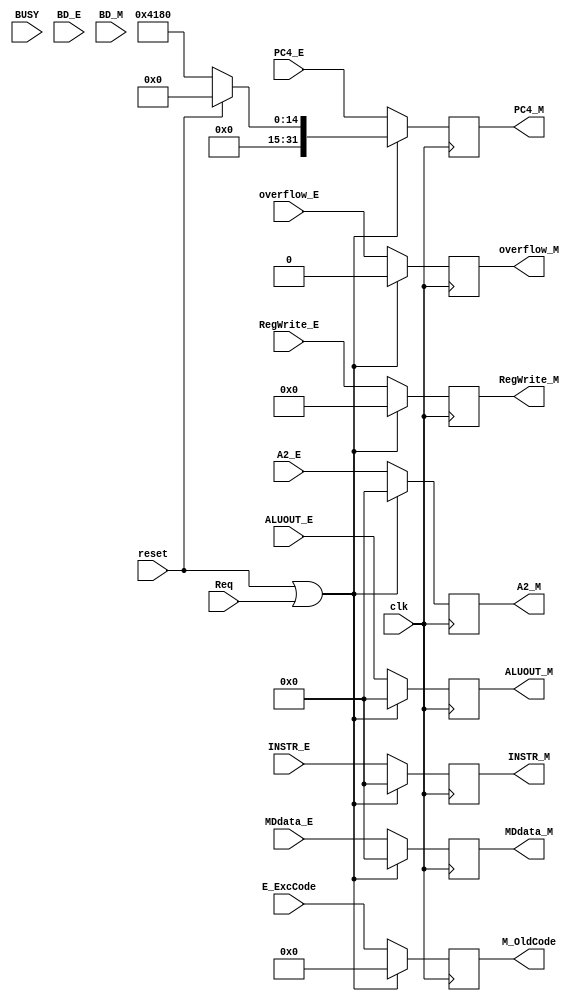
`timescale 1ns / 1ps
//////////////////////////////////////////////////////////////////////////////////
// Company: 
// Engineer: 
// 
// Design Name: 
// Module Name:    M_Aregister 
// Project Name: 
// Target Devices: 
// Tool versions: 
// Description: 
//
// Dependencies: 
//
// Revision: 
// Revision 0.01 - File Created
// Additional Comments: 
//
//////////////////////////////////////////////////////////////////////////////////
module M_Aregister(
	 input clk,
	 input reset,
	 input BUSY,
    input [31:0] INSTR_E,
    input [4:0] RegWrite_E,
    input [31:0] A2_E,
    input [31:0] ALUOUT_E,
    input [31:0] PC4_E,
	 input [31:0] MDdata_E,
    output [31:0] INSTR_M,
    output [4:0] RegWrite_M,
    output [31:0] A2_M,
    output [31:0] ALUOUT_M,
    output [31:0] PC4_M,
	 output [31:0] MDdata_M,
	 input overflow_E,
	 output overflow_M,
	 input [3:0] E_ExcCode,
	 output [3:0] M_OldCode,
	 input Req,
	 input BD_E,
	 input BD_M
    );

reg [31:0] INSTR;
reg [4:0] RegWrite;
reg [31:0] A2;
reg [31:0] ALUOUT;
reg [31:0] PC4;
reg [31:0] MDdata;
reg overflow;
reg [3:0] code;
reg BD;
wire flush;
//assign flush = BUSY | reset;

always @(posedge clk)begin
	if(reset | Req)begin
		INSTR <= 0;
		RegWrite <= 0;
		A2 <= 0;
		ALUOUT <= 0;
		PC4 <= (reset == 1) ? 0 : 32'h0000_4180;
		MDdata <= 0;
		overflow <= 0;
		code <= 0;
		BD <= 0;
	end
	else begin
			INSTR <= INSTR_E;
			RegWrite <= RegWrite_E;
			A2 <= A2_E;
			ALUOUT <= ALUOUT_E;
			PC4 <= PC4_E;
			MDdata <= MDdata_E;
			overflow <= overflow_E;
			code <= E_ExcCode;
			BD <= BD_E;
	end
end

assign INSTR_M = INSTR;
assign RegWrite_M = RegWrite;
assign A2_M = A2;
assign ALUOUT_M = ALUOUT;
assign PC4_M = PC4;
assign MDdata_M = MDdata;
assign overflow_M = overflow;
assign M_OldCode = code;
assign BD_M = BD;

//assign m_inst_addr = PC4_M - 4;
//assign m_data_addr = ALUOUT_M;

endmodule